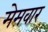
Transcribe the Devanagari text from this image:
मेमवार